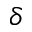
\delta